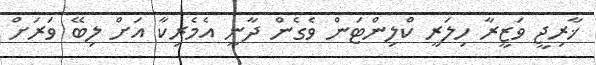
ޚާރިޖީ ވަޒީރާ ހިލަރީ ކްލިންޓަން ވެގެން ދާނީ އެމެރިކާ އަށް ލިބޭ ވަރަށް